Papers set at the Examination for Leaving Certificates, 1892
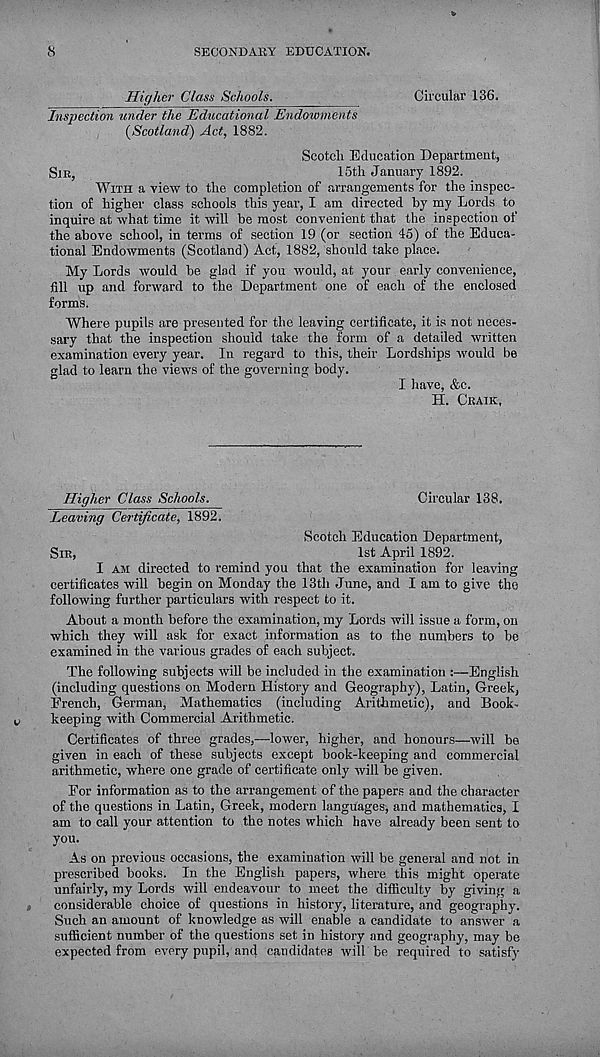
cS
SECONDAliY EDUCATION.
Higher Class Schools.
Circular 136.
Inspection under the Educational Endowments
(Scotland) Act, 1882.
Scotch Education Department,
SIE,
15th January 1892.
WITH a view to the completion of arrangements for the inspec-
tion of higher class schools this year, I am directed by my Lords to
inquire at what time it will be most convenient that the inspection of
the above school, in terms of section 19 (or section 45) of the Educa-
tional Endowments (Scotland) Act, 1882, should take place.
My Lords would be glad if you would, at your early convenience,
fill up and forward to the Department one of each of the enclosed
forms.
Where pupils are presented for the leaving certificate, it is not neces-
sary that the inspection should take the form of a detailed written
examination every year. In regard to this, their Lordships would be
glad to learn the views of the governing body.
I have, &c.
H. CEAIK,
Higher Class Schools.
Circular 138.
Leaving Certificate, 1892.
Scotch Education Department,
SIR,
1st April 1892.
I AM directed to remind you that the examination for leaving
certificates will begin on Monday the 13th June, and I am to give the
following further particulars with respect to it.
About a month before the examination, my Lords will issue a form, on
which they will ask for exact information as to the numbers to be
examined in the various grades of each subject.
The following subjects will be included in the examination :—English
(including questions on Modern History and Geography), Latin, Greek,
French, German, Mathematics (including Arithmetic), and Book-
keeping with Commercial Arithmetic.
Certificates of three grades,—-lower, higher, and honours—will be
given in each of these subjects except book-keeping and commercial
arithmetic, where one grade of certificate only will be given.
For information as to the arrangement of the papers and the character
of the questions in Latin, Greek, modern languages, and mathematics, I
am to call your attention to the notes which have already been sent to
you.
As on previous occasions, the examination will be general and not in
prescribed books. In the English papers, where this might operate
unfairly, my Lords will endeavour to meet the difficulty by giving a
considerable choice of questions in history, literature, and geography.
Such an amount of knowledge as will enable a candidate to answer a
sufficient number of the questions set in history and geography, may be
expected from every pupil, and candidates will be required to satisfy